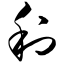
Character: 利